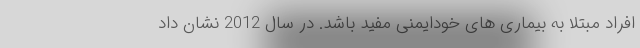
افراد مبتلا به بیماری های خودایمنی مفید باشد. در سال 2012 نشان داد